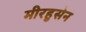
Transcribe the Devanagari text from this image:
मीरहुसेन